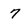
Character: 7